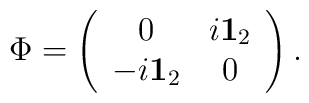
\Phi= \left( \begin{array}{cc}0 & i{\bf 1}_2 \\-i{\bf 1}_2 & 0\end{array} \right)  .